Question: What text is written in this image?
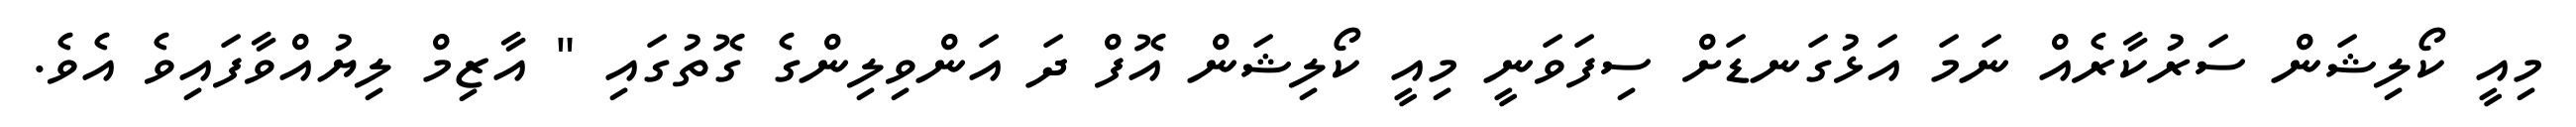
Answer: މިއީ ކޯލިޝަން ސަރުކާރެއް ނަމަ އަޅުގަނޑަށް ސިފަވަނީ މިއީ ކޯލިޝަން އޮފް ދަ އަންވިލިންގެ ގޮތުގައި " އާޒިމް ލިޔުއްވާފައިވެ އެވެ.